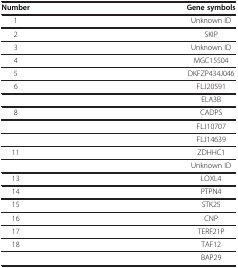
<table><thead><tr><td><b>Number</b></td><td><b>Gene symbols</b></td></tr></thead><tbody><tr><td>1</td><td>Unknown ID</td></tr><tr><td>2</td><td>SKIP</td></tr><tr><td>3</td><td>Unknown ID</td></tr><tr><td>4</td><td>MGC15504</td></tr><tr><td>5</td><td>DKFZP434J046</td></tr><tr><td>6</td><td>FLJ20591</td></tr><tr><td>[EMPTY_CELL]</td><td>ELA3B</td></tr><tr><td>8</td><td>CADPS</td></tr><tr><td>[EMPTY_CELL]</td><td>FLJ10707</td></tr><tr><td>[EMPTY_CELL]</td><td>FLJ14639</td></tr><tr><td>11</td><td>ZDHHC1</td></tr><tr><td>[EMPTY_CELL]</td><td>Unknown ID</td></tr><tr><td>13</td><td>LOXL4</td></tr><tr><td>14</td><td>PTPN4</td></tr><tr><td>15</td><td>STK25</td></tr><tr><td>16</td><td>CNP</td></tr><tr><td>17</td><td>TERF21P</td></tr><tr><td>18</td><td>TAF12</td></tr><tr><td>[EMPTY_CELL]</td><td>BAP29</td></tr></tbody></table>